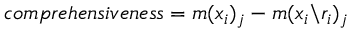
c o m p r e h e n s i v e n e s s = m ( { x } _ { i } ) _ { j } - m ( { x } _ { i } \backslash { r } _ { i } ) _ { j }